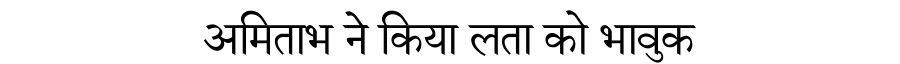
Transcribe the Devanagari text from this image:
अमिताभ ने किया लता को भावुक